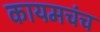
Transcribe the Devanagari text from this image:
कायमचंच